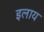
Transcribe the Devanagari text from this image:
इलाय